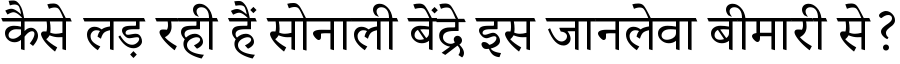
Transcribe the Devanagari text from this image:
कैसे लड़ रही हैं सोनाली बेंद्रे इस जानलेवा बीमारी से?